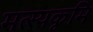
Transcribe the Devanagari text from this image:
मत्स्यकृमि